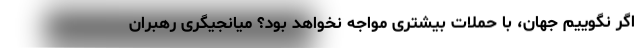
اگر نگوییم جهان، با حملات بیشتری مواجه نخواهد بود؟ میانجیگری رهبران